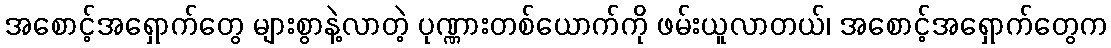
အစောင့်အရှောက်တွေ များစွာနဲ့လာတဲ့ ပုဏ္ဏားတစ်ယောက်ကို ဖမ်းယူလာတယ်၊ အစောင့်အရှောက်တွေက